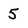
Character: 5